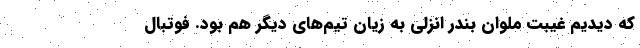
که دیدیم غیبت ملوان بندر انزلی به زیان تیم‌های دیگر هم بود. فوتبال